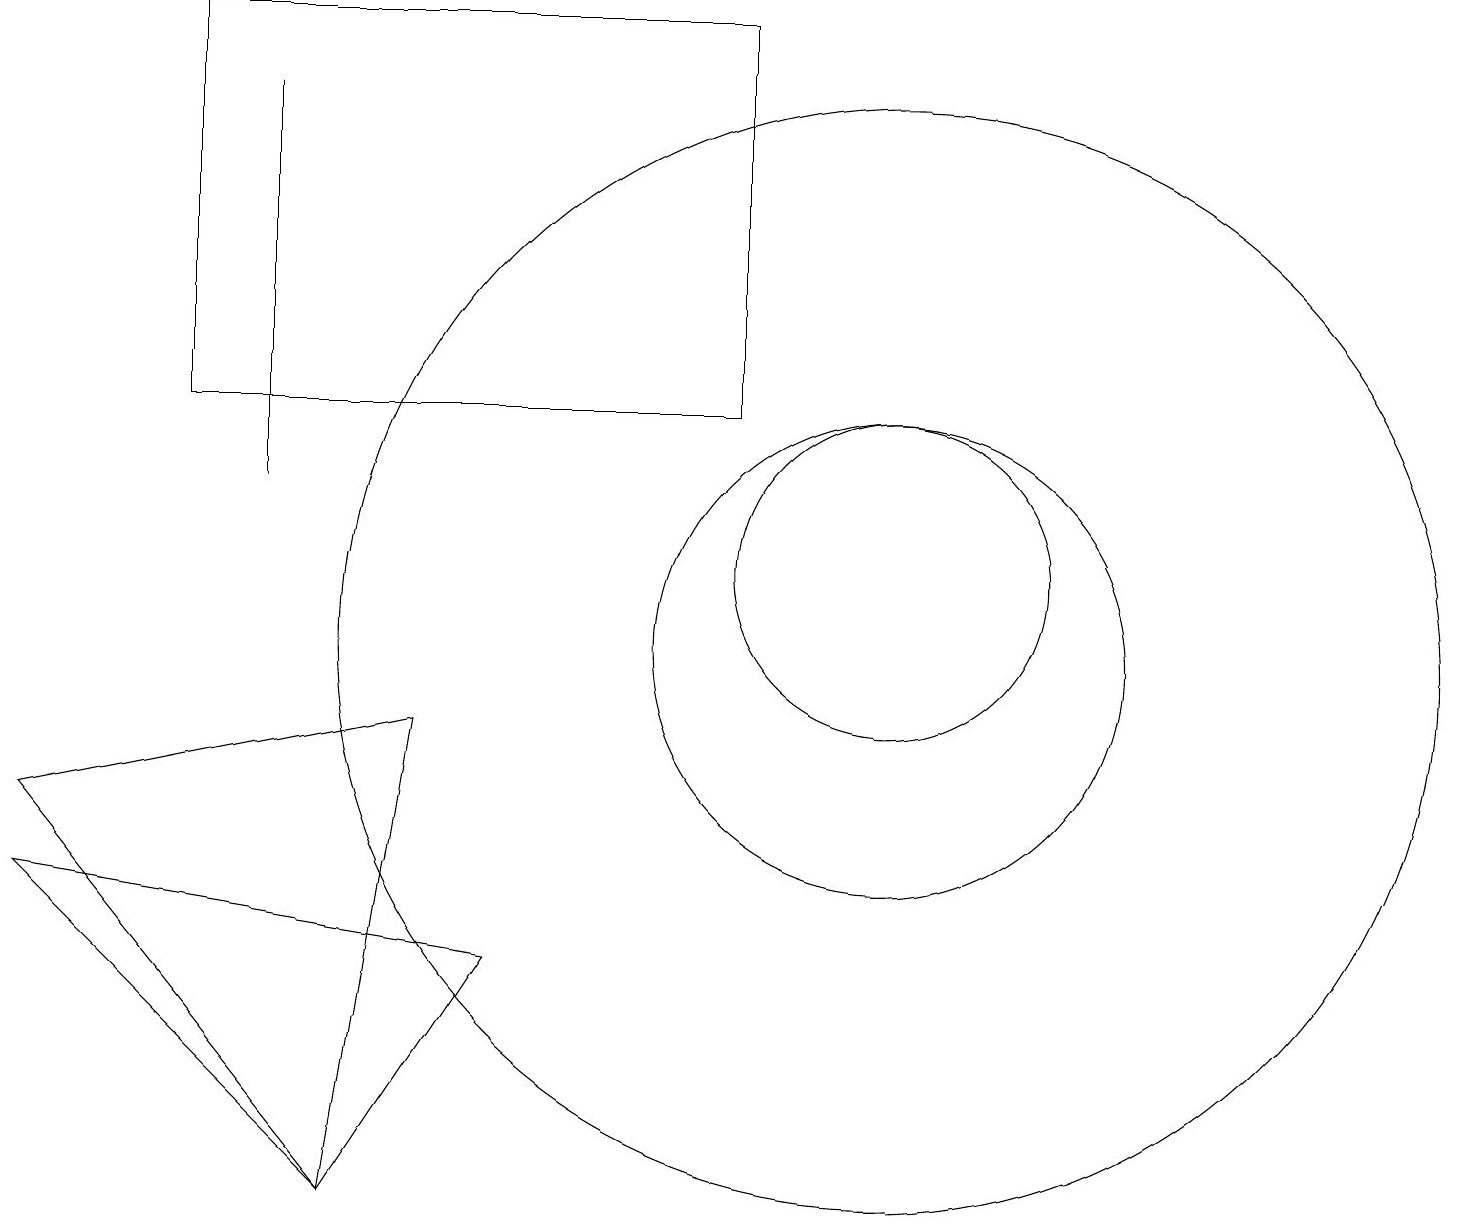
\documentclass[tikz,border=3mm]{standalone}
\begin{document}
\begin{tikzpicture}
\draw (5,9) -- (0,8) -- (4,3) -- cycle;
\draw (11,10) circle (7);
\draw (11,10) circle (3);
\draw (9,18) rectangle (2,13);
\draw (0,7) -- (4,3) -- (6,6) -- cycle;
\draw (3,12) rectangle (3,17);
\draw (11,11) circle (2);
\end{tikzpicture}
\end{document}